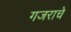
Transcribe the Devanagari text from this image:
गजराचे